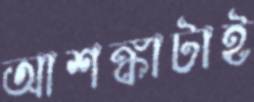
আশঙ্কাটাই